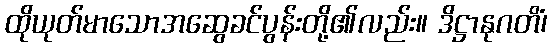
ထိုယုတ်မာသောအဆွေခင်ပွန်းတို့၏လည်း။ ဒိဋ္ဌာနုဂတိံ၊